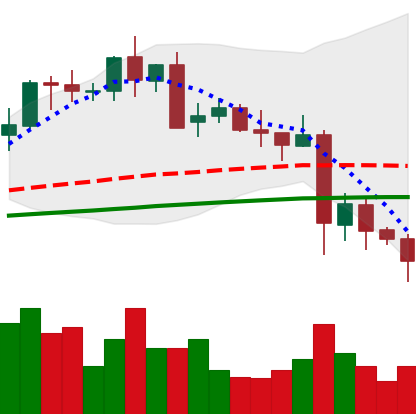
Ticker: LTC-USD
Chart end date: 2021-05-23
Forward return: 23.552%
Label: up_7plus